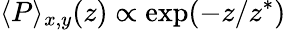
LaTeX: \langle P\rangle_{x,y}(z)\propto\exp(-z/z^{*})